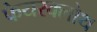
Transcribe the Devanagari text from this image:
फेयरक्लोथ